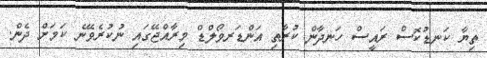
ތިޔާ ކަނޑުކޮސް ރައީސް ހަނދާން ކުރާތި އަންޑަރވޯލްޑް މިރާއްޖޭގައި ނުކުރެވޭނެ ކަމަށް ދެން.